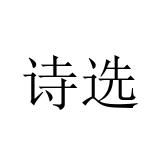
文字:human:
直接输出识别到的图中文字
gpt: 诗选